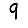
Digit: 9